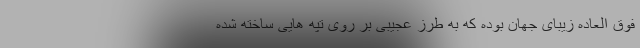
فوق العاده زیبای جهان بوده که به طرز عجیبی بر روی تپه هایی ساخته شده